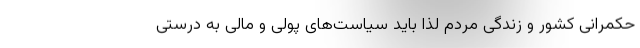
حکمرانی کشور و زندگی مردم لذا باید سیاست‌های پولی و مالی به درستی